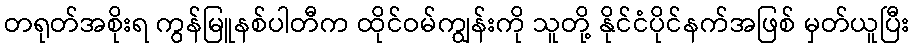
တရုတ်အစိုးရ ကွန်မြူနစ်ပါတီက ထိုင်ဝမ်ကျွန်းကို သူတို့ နိုင်ငံပိုင်နက်အဖြစ် မှတ်ယူပြီး